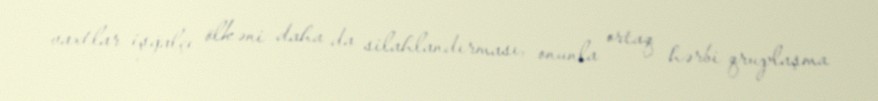
vaxtlar işğalçı ölkəni daha da silahlandırması, onunla ortaq hərbi qruplaşma